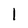
Character: 1